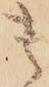
貴